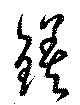
鎈